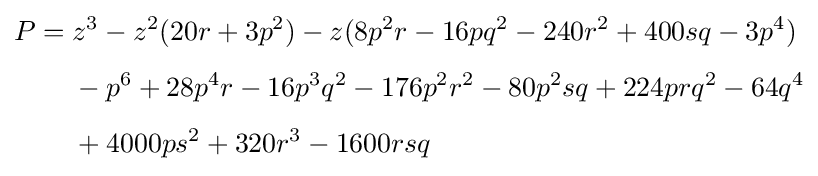
{\begin{aligned}P={}&z^{3}-z^{2}(20r+3p^{2})-z(8p^{2}r-16pq^{2}-240r^{2}+400sq-3p^{4})\\[4pt]&-p^{6}+28p^{4}r-16p^{3}q^{2}-176p^{2}r^{2}-80p^{2}sq+224prq^{2}-64q^{4}\\[4pt]&+4000ps^{2}+320r^{3}-1600rsq\end{aligned}}